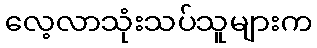
လေ့လာသုံးသပ်သူများက